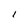
Character: I